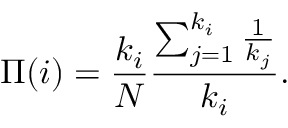
\Pi ( i ) = { \frac { k _ { i } } { N } } { \frac { \sum _ { j = 1 } ^ { k _ { i } } { \frac { 1 } { k _ { j } } } } { k _ { i } } } .